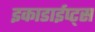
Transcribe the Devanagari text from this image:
इकाडाईप्ट्स